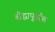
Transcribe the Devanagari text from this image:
बौद्धापूर्वीच